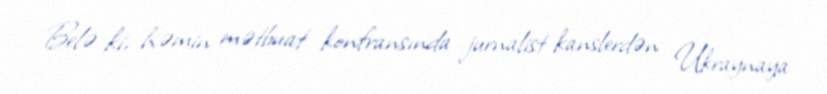
Belə ki, həmin mətbuat konfransında jurnalist kanslerdən Ukraynaya